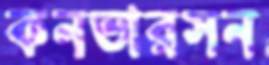
কনভারসন